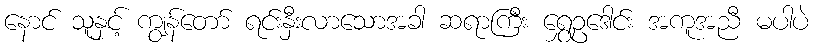
နောင် သူနှင့် ကျွန်တော် ရင်းနှီးလာသောအခါ ဆရာကြီး ရွှေဥဒေါင်း အကူအညီ မပါပဲ